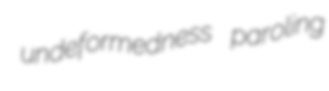
undeformedness paroling